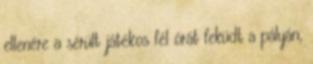
ellenére a sérült játékos fél órát feküdt a pályán,